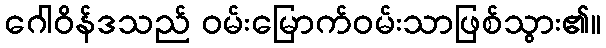
ဂေါဝိန်ဒသည် ဝမ်းမြောက်ဝမ်းသာဖြစ်သွား၏။